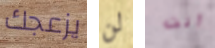
يزعجك لن أنت